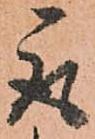
取